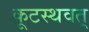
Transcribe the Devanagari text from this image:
कूटस्थवत्‌